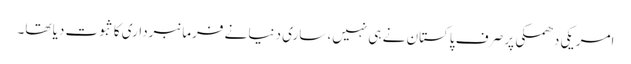
امریکی دھمکی پر صرف پاکستان نے ہی نہیں، ساری دنیا نے فرمانبرداری کا ثبوت دیا تھا۔